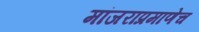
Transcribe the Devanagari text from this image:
मांजराप्रमाणेच